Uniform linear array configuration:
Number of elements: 4
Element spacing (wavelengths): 0.75
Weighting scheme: uniform
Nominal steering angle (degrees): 15
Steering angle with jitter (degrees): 16.719
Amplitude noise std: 0.05
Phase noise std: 0.05

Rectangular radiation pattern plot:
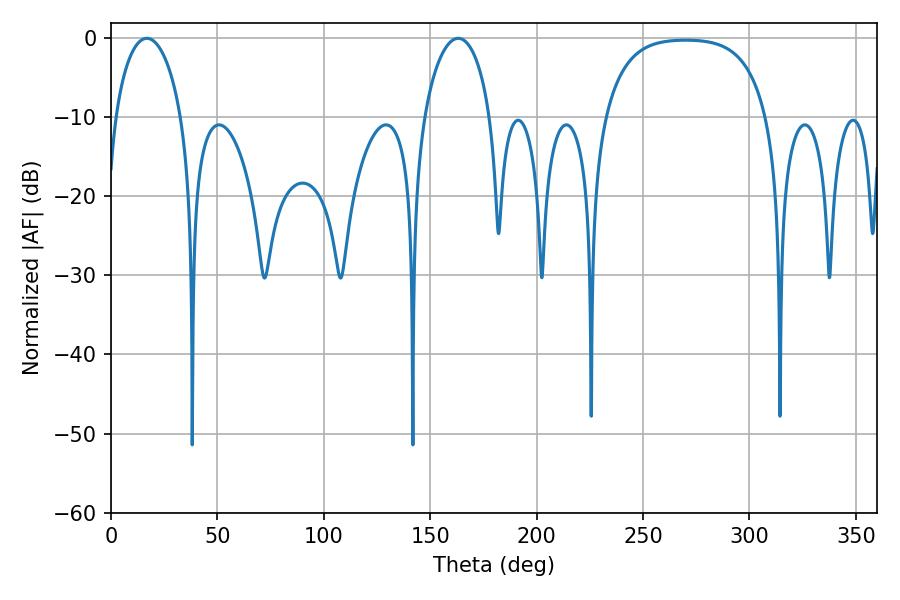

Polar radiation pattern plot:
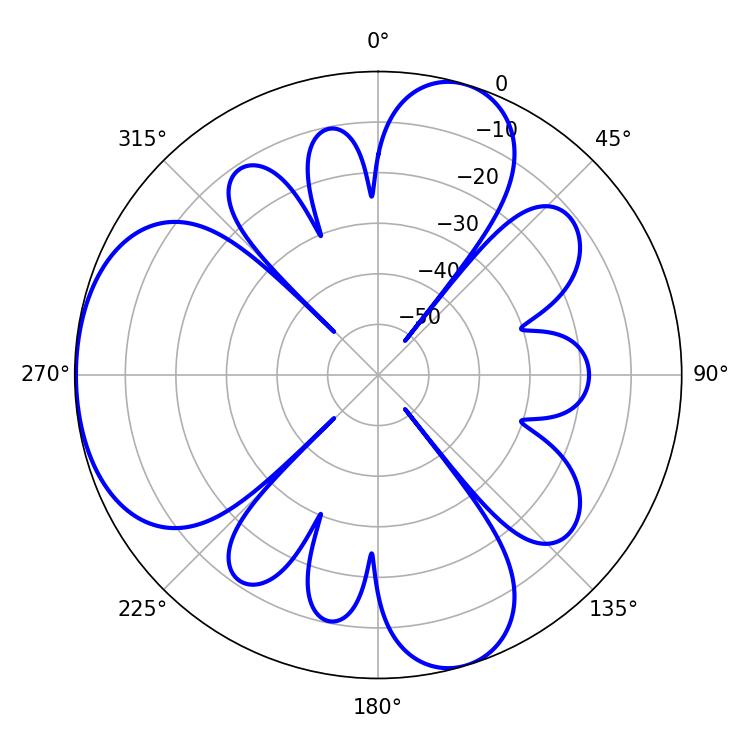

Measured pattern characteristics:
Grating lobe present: TRUE
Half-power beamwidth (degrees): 18
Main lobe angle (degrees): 16.92